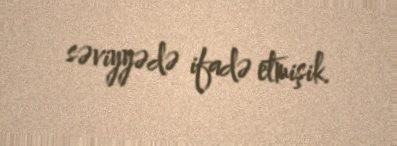
səviyyədə ifadə etmişik.